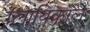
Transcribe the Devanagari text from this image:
ग्लायिकाल